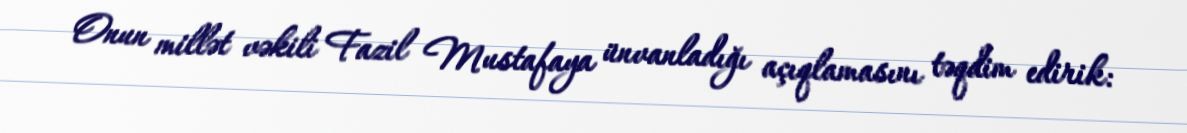
Onun millət vəkili Fazil Mustafaya ünvanladığı açıqlamasını təqdim edirik: